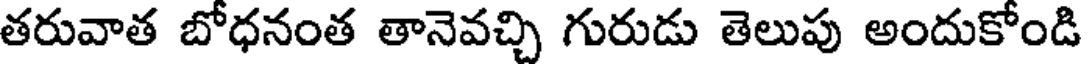
తరువాత బోధనంత తానెవచ్చి గురుడు తెలుపు అందుకోండి